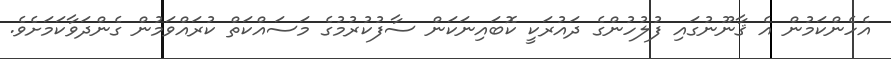
އެހެންކަމުން އެ ޤާނޫނުގައި ފުލުހުންގެ ދައުރަކީ ކޮބައިނަކަން ސާފުކުރުމުގެ މަސައްކަތް ކުރައްވަމުން ގެންދަވާކަމަށެވެ.